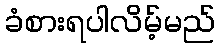
ခံစားရပါလိမ့်မည်